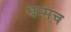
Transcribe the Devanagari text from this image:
धम्मच